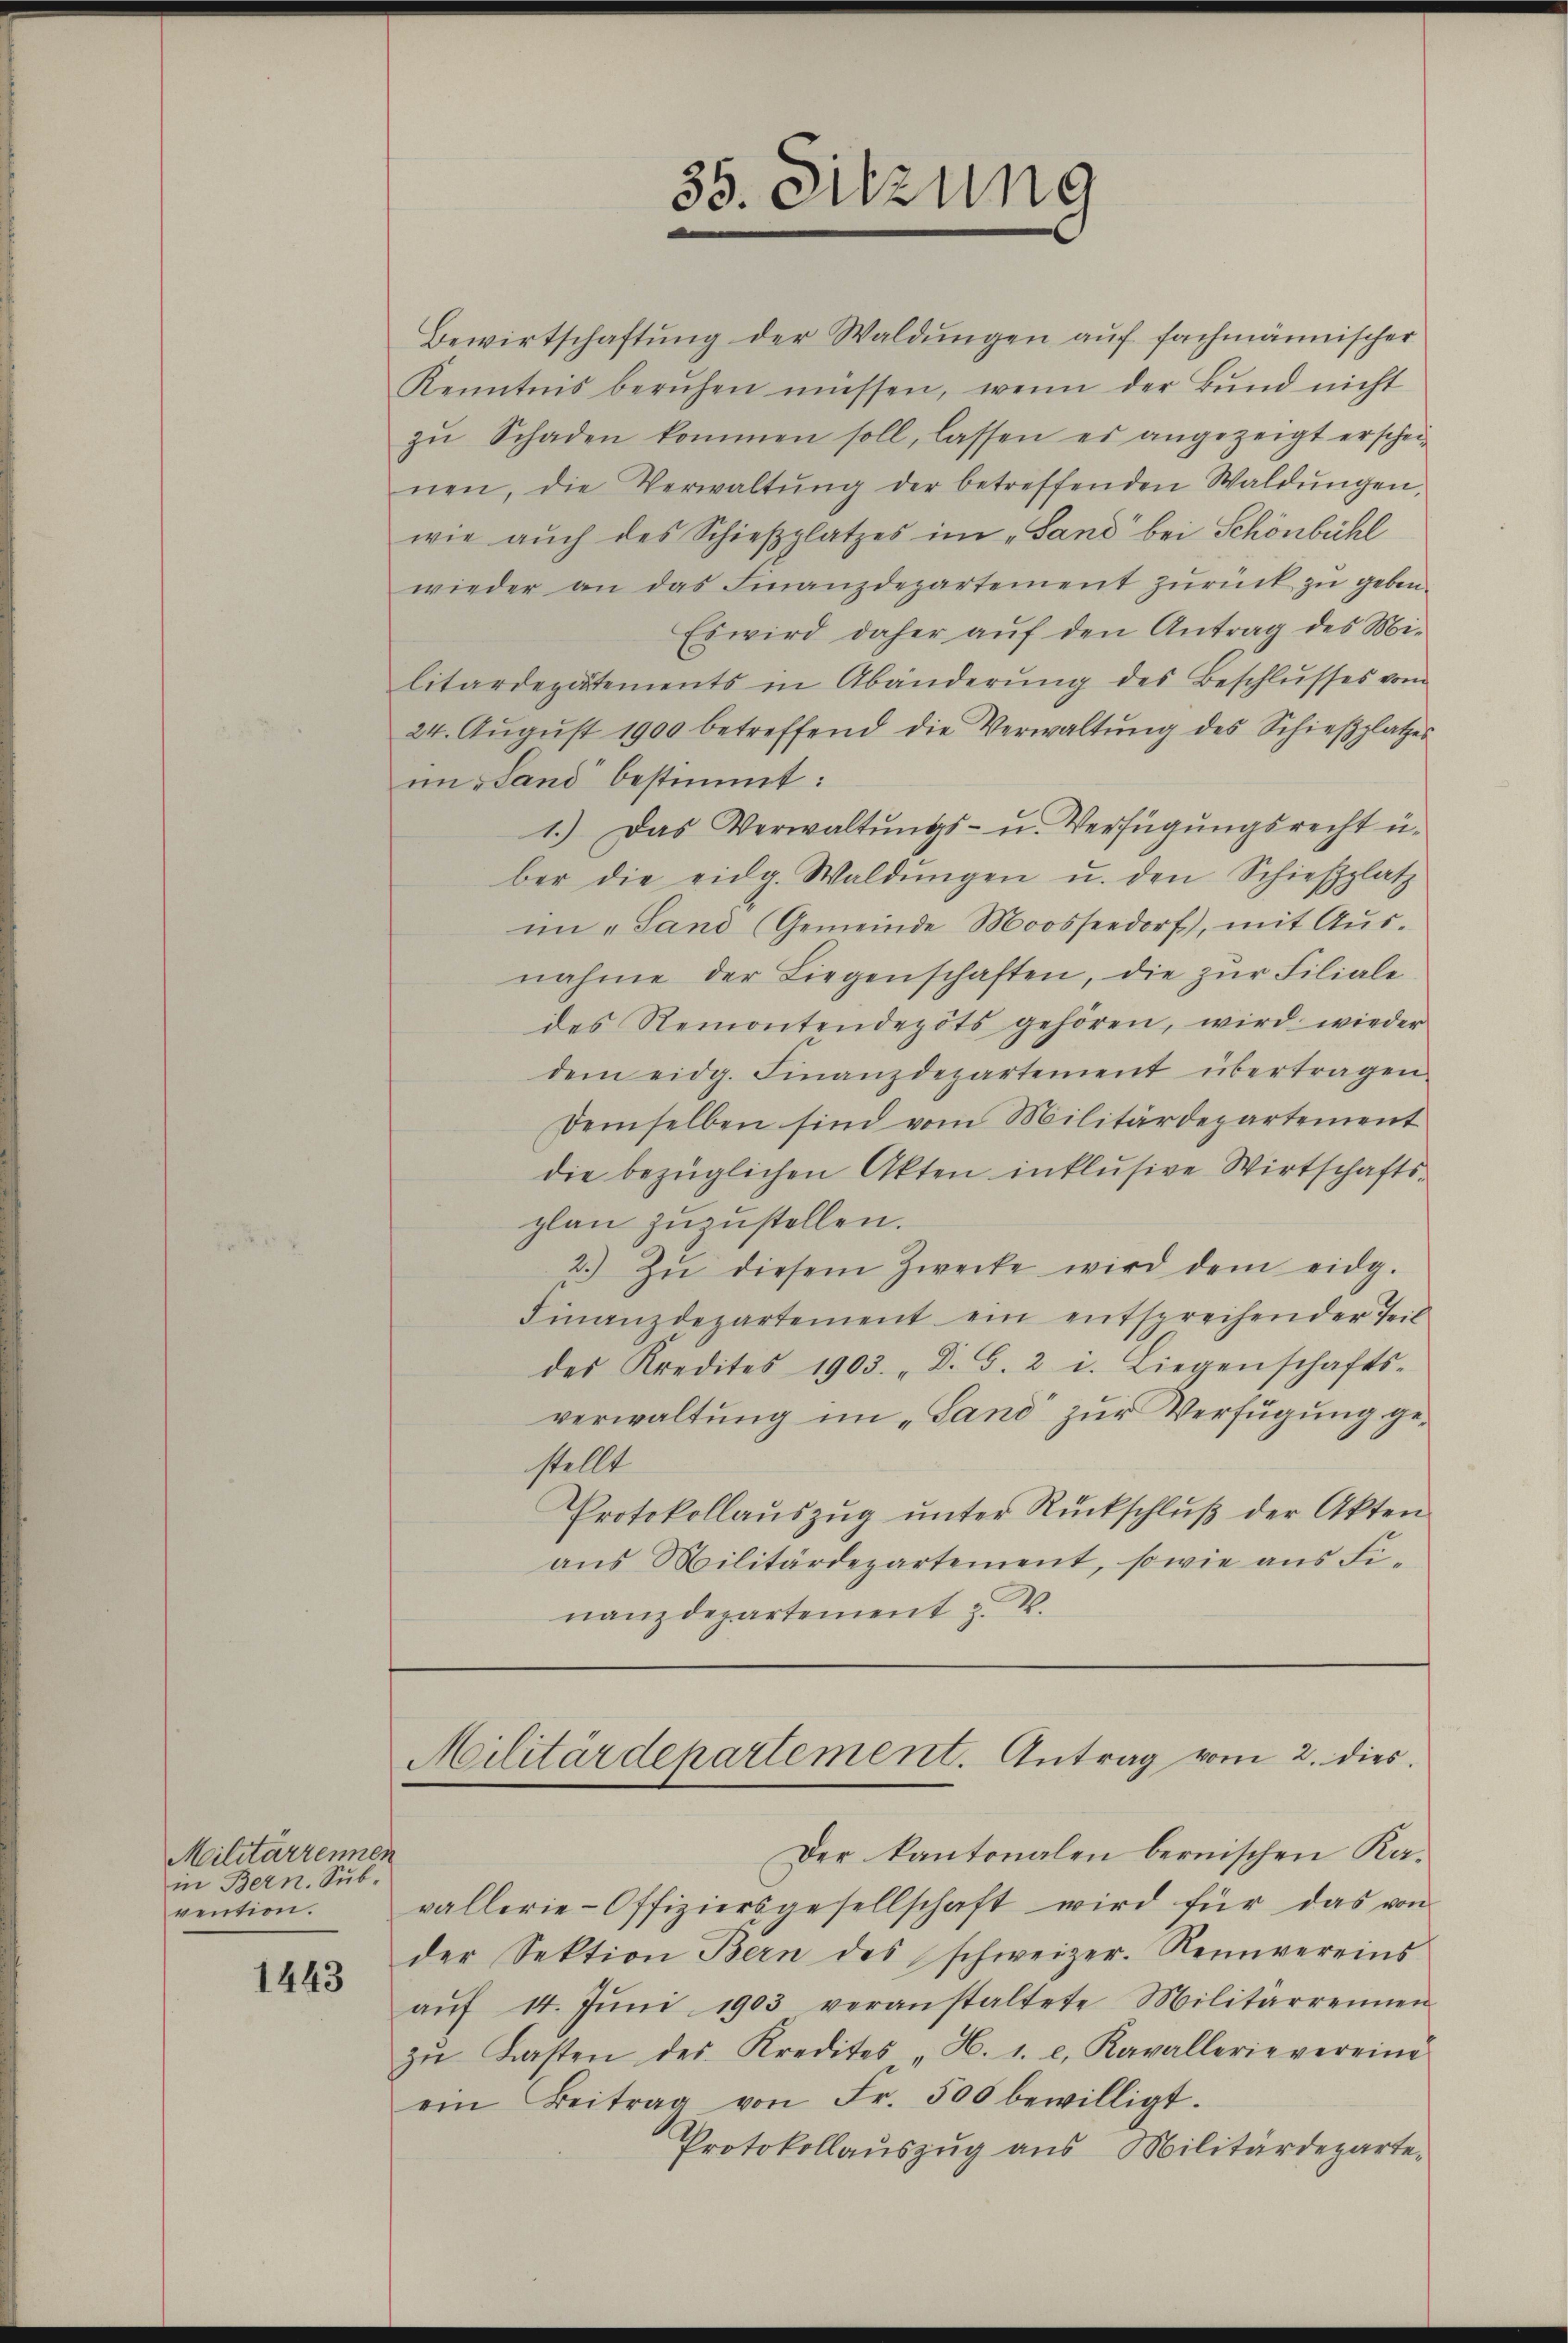
Militarrennen
in Bern. Sub-
vention.
1443

35. Sitzung
e

wie aŭch des Schieβplatzes im „Sand bei Schönbühl
wieder an das Finanzdepartement zŭrück zŭ geben.
Es wird daher auf den Antrag des Militärdepatements in Abänderŭng des Beschlŭsses vom
24. Aŭgŭst 1900 betreffend die Verwaltŭng des Schieβplatzes
im Land bestimmt:
1.) Das Verwaltŭngs- u. Verfügŭngsrecht u.
ber die eidg. Waldŭngen u. den Schieβplatz
im "Sand (Gemeinde Moossendorf), mit Aus-
nahme der Liegenschaften, die zŭr Filiale
des Remontendepots gehören, wird wieder
dem eidg. Finanzdepartement übertragen
Demselben sind vom Militärdepartement
die bezüglichen Akten inklŭsive Wirtschafts-
plan zuzustellen.
2.) Zŭ diesem Zwecke wird dem eidg.
Finanzdepartement ein entsprechender Teil
des Kredites 1903. " Dr. G. 2 u. Liegenschafts-
verwaltung im „Land zur Verfügung gestellt
Protokollaŭszŭg ŭnter Rückschlŭβ der Akten
aus Militärdepartement, sowie aus Finanzdepartement z. B.

Bewirtschaftung der Waldŭngen aŭf fachmännischer
Kenntnis beruhen müssen, wenn der Bŭnd nicht
zŭ Schaden kommen soll, lassen es angezeigt erschei-
nen, die Verwaltŭng der betreffenden Waldŭngen,

Militärdepartement. Antrag vom 2. dies

Der Kantonalen bernischen Kavallerie-Offiziersgesellschaft wird für das von
der Sektion Bern des schweizer. Reinvereins
aŭf 14. Jŭni 1903 veranstaltete Militärrennen
zŭ Lasten des Kredites "H. 1. c. Kavallerie vereine
ein Beitrag von Fr. 500 bewilligt.
Protokollauszug aus Militärdeparte¬